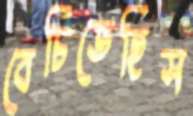
বেচিতেছিস